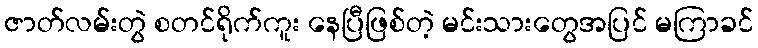
ဇာတ်လမ်းတွဲ စတင်ရိုက်ကူး နေပြီဖြစ်တဲ့ မင်းသားတွေအပြင် မကြာခင်